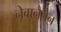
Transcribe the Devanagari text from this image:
नेवानैनेन